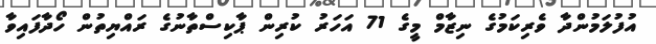
އުފުލަމުންދާ ވެރިކަމުގެ ނިޒާމް މީގެ 71 އަހަރު ކުރިން ޕާކިސްތާނުގެ ރައްޔިތުން ހޯދާފައިވާ